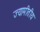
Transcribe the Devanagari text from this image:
ज्यामीतीय